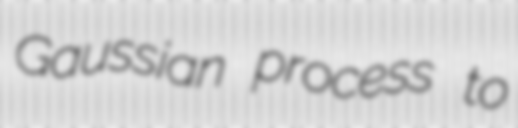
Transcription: Gaussian process to